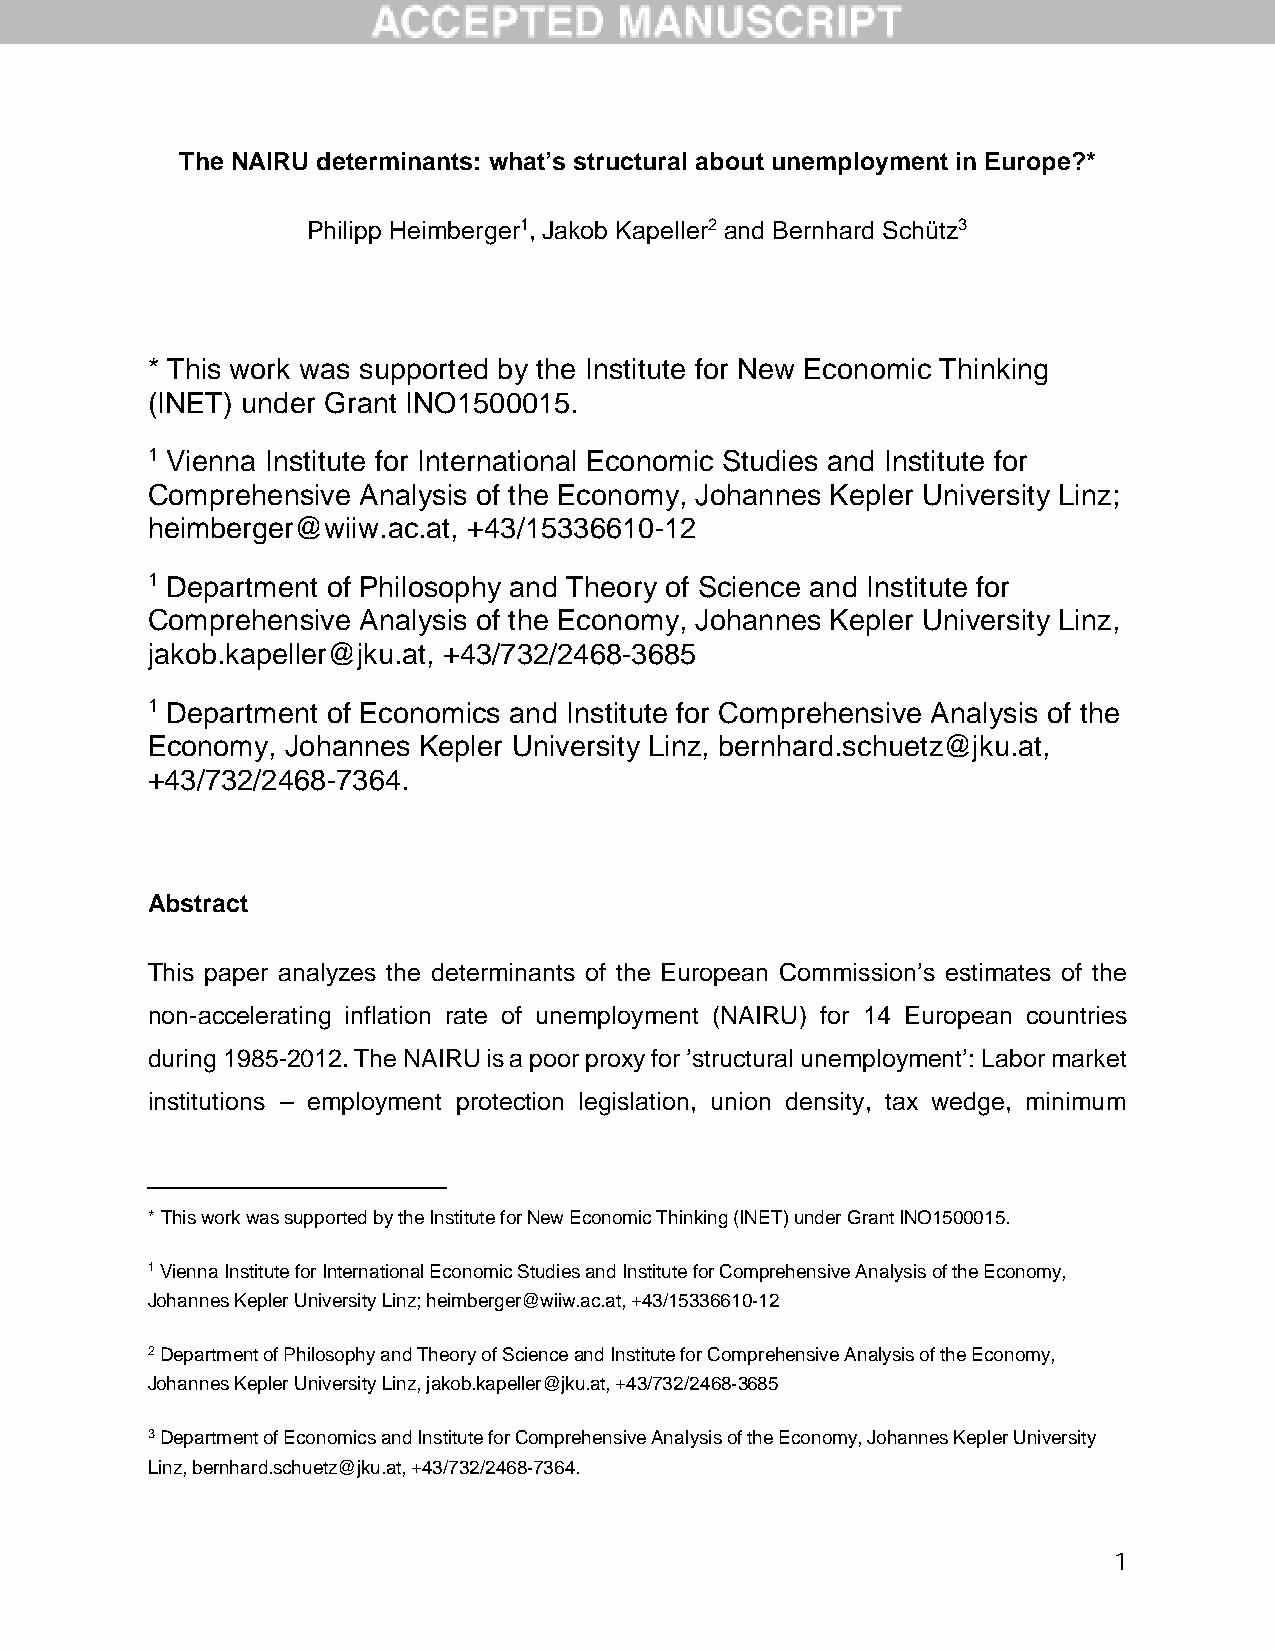
The NAIRU determinants: what’s structural about unemployment in Europe?*
 Philipp Heimberger1, Jakob Kapeller2 and Bernhard Schütz3
 * This work was supported by the Institute for New Economic Thinking
 (INET) under Grant INO1500015.
 1 Vienna Institute for International Economic Studies and Institute for
 Comprehensive Analysis of the Economy, Johannes Kepler University Linz;
 heimberger@wiiw.ac.at, +43/15336610-12
 1 Department of Philosophy and Theory of Science and Institute for
 Comprehensive Analysis of the Economy, Johannes Kepler University Linz,
 jakob.kapeller@jku.at, +43/732/2468-3685
 1 Department of Economics and Institute for Comprehensive Analysis of the
 Economy, Johannes Kepler University Linz, bernhard.schuetz@jku.at,
 +43/732/2468-7364.
 Abstract
 This paper analyzes the determinants of the European Commission’s estimates of the
 non-accelerating inflation rate of unemployment (NAIRU) for 14 European countries
 during 1985-2012. The NAIRU is a poor proxy for ’structural unemployment’: Labor market
 institutions – employment protection legislation, union density, tax wedge, minimum
 * This work was supported by the Institute for New Economic Thinking (INET) under Grant INO1500015.
 1 Vienna Institute for International Economic Studies and Institute for Comprehensive Analysis of the Economy,
 Johannes Kepler University Linz; heimberger@wiiw.ac.at, +43/15336610-12
 2 Department of Philosophy and Theory of Science and Institute for Comprehensive Analysis of the Economy,
 Johannes Kepler University Linz, jakob.kapeller@jku.at, +43/732/2468-3685
 3 Department of Economics and Institute for Comprehensive Analysis of the Economy, Johannes Kepler University
 Linz, bernhard.schuetz@jku.at, +43/732/2468-7364.
 1